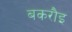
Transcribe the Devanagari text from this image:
बकरौइ